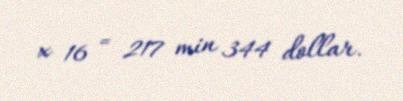
x 16 = 217 min 344 dollar.